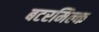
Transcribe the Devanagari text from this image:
बटरमिल्क